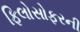
ફિલોસોફરની